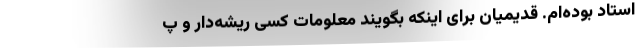
استاد بوده‌ام. قدیمیان برای اینکه بگویند معلومات کسی ریشه‌دار و پ